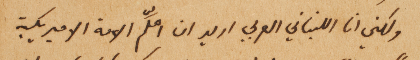
ولكن انا اللبناني العربي اريد ان اعلَّم الامة الاميركية